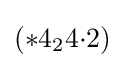
(*4_{2}4{\cdot }2)